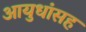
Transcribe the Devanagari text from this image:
आयुधांसह